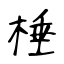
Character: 棰